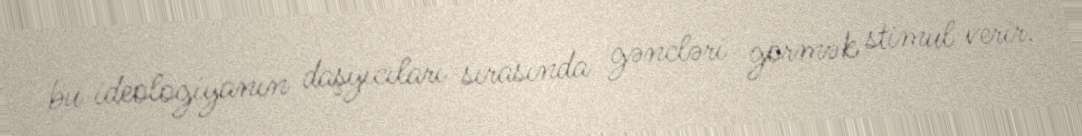
bu ideologiyanın daşyıcıları sırasında gəncləri görmək stimul verir.